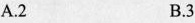
A.2 B.3